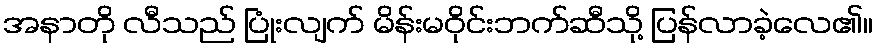
အနာတို လီသည် ပြုံးလျက် မိန်းမဝိုင်းဘက်ဆီသို့ ပြန်လာခဲ့လေ၏။